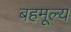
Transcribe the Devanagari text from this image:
बहमूल्य